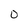
Character: 0